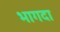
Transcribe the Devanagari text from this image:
भागदा